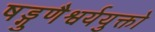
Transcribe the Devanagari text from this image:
षड्गुणैश्वर्ययुक्तो